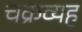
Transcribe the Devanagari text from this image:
चक्रव्यह